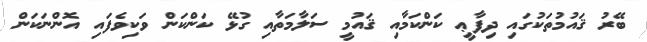
ބޭރު ޤައުމުތަކުގައި ދިފާޢީ ކަންކަމާއި ޤައުމީ ސަލާމަތާއި ގުޅޭ ކަންކަން ވަކިވެފައި އޮންނަކަން